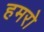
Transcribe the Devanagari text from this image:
हमरो